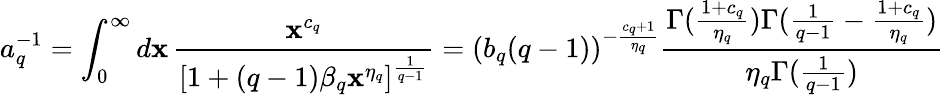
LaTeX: a_{q}^{-1}=\int_{0}^{\infty}d\mathbf{x}\, \frac{{\mathbf{x}^{c_{q}}}}{{[1+(q-1)\beta_{q}\mathbf{x}^{\eta_{q}}]^{\frac{{1}}{{q-1}}}}}=(b_{q}(q-1))^{-\frac{{c_{q}+1}}{{\eta_{q}}}}\frac{{\Gamma(\frac{{1+c_{q}}}{{\eta_{q}}})\Gamma(\frac{{1}}{{q-1}}-\frac{{1+c_{q}}}{{\eta_{q}}})}}{{\eta_{q}\Gamma(\frac{{1}}{{q-1}})}}